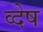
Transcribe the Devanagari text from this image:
व्देष